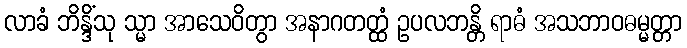
လာခံ ဘိန္ဒိံသု သ္မာ အာသေဝိတွာ အနာဂတတ္ထံ ဥပလဘန္တိ ရာဓံ အသဘာဝဓမ္မတ္တာ